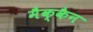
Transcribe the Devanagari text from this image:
मैक्कैन